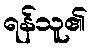
ရန်သူ၏